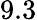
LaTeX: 9.3